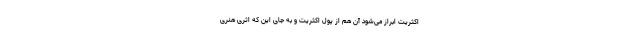
اکثریت ابراز می‌شود آن هم از پول اکثریت و به جای این که اثری هنری